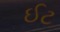
ઈટ